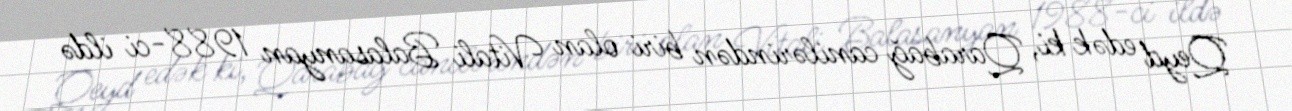
Qeyd edək ki, Qarabağ canilərindən biri olan Vitali Balasanyan 1988-ci ildə